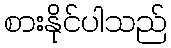
စားနိုင်ပါသည်